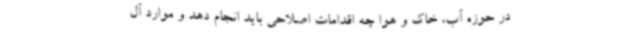
در حوزه آب، خاک و هوا چه اقدامات اصلاحی باید انجام دهد و موارد آل